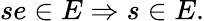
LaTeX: se\in E\Rightarrow s\in E.